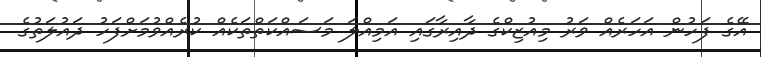
އޭގެ ފަހުން އަހަރެއް ވަރު މިއުޒިކްގެ ދާއިރާގައި އަމިއްލަ މަސައްކަތްތަކެއް ކުރެއްވުމަށްފަހު ދައުލަތުގެ